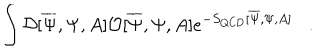
LaTeX: \int { \cal D } [ \overline { { \Psi } } , \Psi , A ] { \cal O } [ \overline { { \Psi } } , \Psi , A ] e ^ { - S _ { \mathrm { Q C D } } [ \overline { { \Psi } } , \Psi , A ] } .